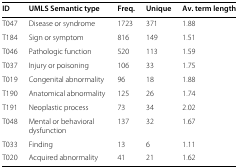
| ID | UMLS Semantic type | Freq. | Unique | Av. term length |
 | --- | --- | --- | --- | --- |
 | T047 | Disease or syndrome | 1723 | 371 | 1.88 |
 | T184 | Sign or symptom | 816 | 149 | 1.51 |
 | T046 | Pathologic function | 520 | 113 | 1.59 |
 | T037 | Injury or poisoning | 106 | 33 | 1.75 |
 | T019 | Congenital abnormality | 96 | 18 | 1.88 |
 | T190 | Anatomical abnormality | 125 | 26 | 1.74 |
 | T191 | Neoplastic process | 73 | 34 | 2.02 |
 | T048 | Mental or behavioral dysfunction | 137 | 32 | 1.67 |
 | T033 | Finding | 13 | 6 | 1.11 |
 | T020 | Acquired abnormality | 41 | 21 | 1.62 |